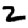
Digit: 2